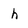
Character: h